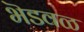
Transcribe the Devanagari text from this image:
भॆडवळ